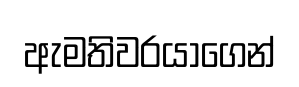
ඇමතිවරයාගෙන්